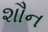
શૌન